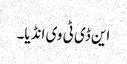
این ڈی ٹی وی انڈیا۔